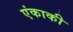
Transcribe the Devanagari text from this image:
एंकाकी